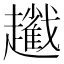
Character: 𧾢